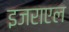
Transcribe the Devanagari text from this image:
इजराएल